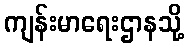
ကျန်းမာရေးဌာနသို့